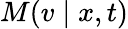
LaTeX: M(v\mid x,t)